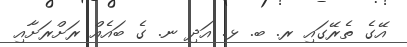
އޭގެ ތެރޭގައި ރ. ބ. ޅ. އަދި ނ. ގެ ބައެއް ރަށްރަށާއި